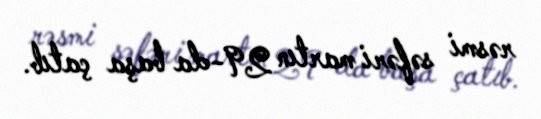
rəsmi səfəri martın 29-da başa çatıb.